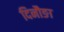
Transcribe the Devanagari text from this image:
दिनौङा